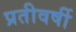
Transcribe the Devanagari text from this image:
प्रतीवर्षी